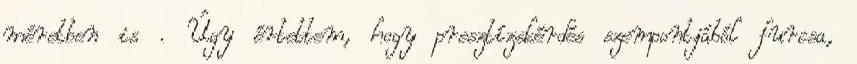
méretben is . Úgy értettem, hogy presztízskérdés szempontjából furcsa,